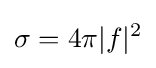
\sigma =4\pi |f|^{2}